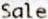
SALE